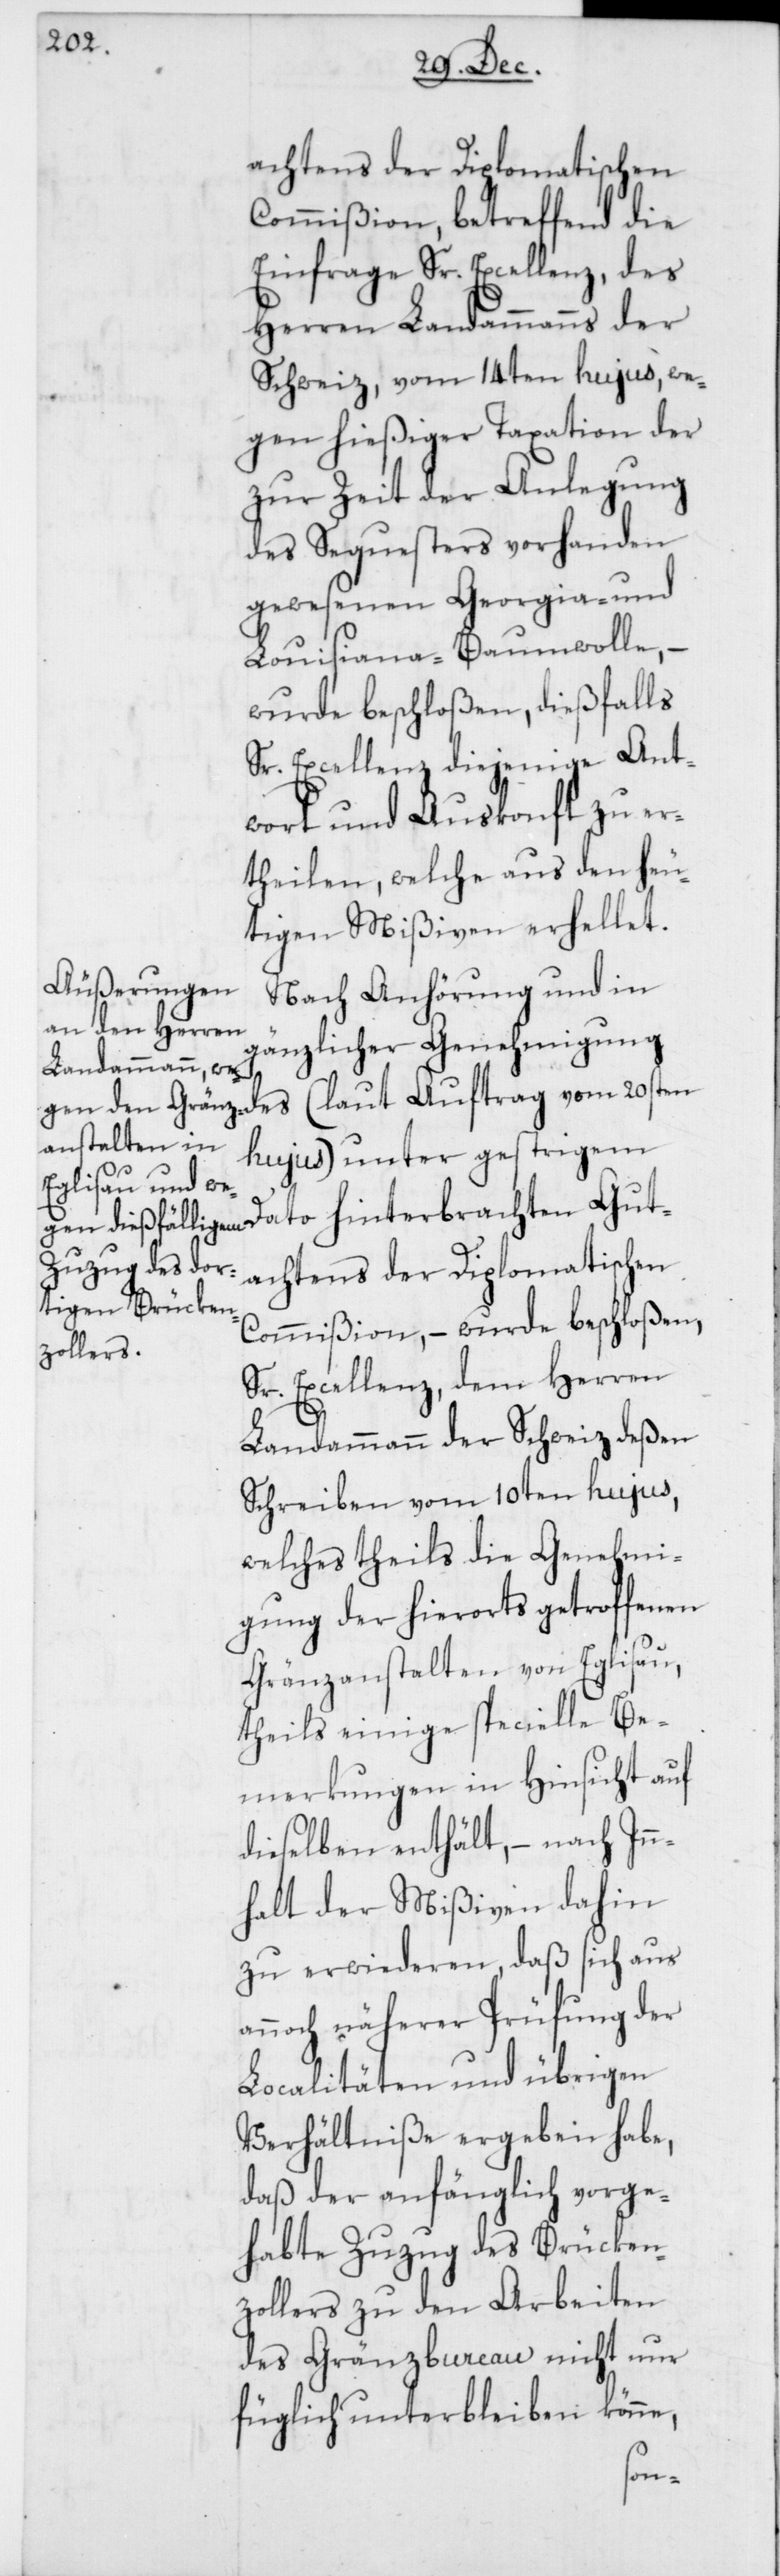
achtens der Diplomatischen
Commißion, betreffend die
Einfrage Sr. Excellenz, des
Herren Landammanns der
Schweiz, vom 14ten hujus, we¬
gen hießiger Taxation der
zur Zeit der Anlegung
des Sequesters vorhanden
gewesenen Georgia- und
Louisiana-Baumwolle, –
wurde beschloßen, diesfalls
Sr. Excellenz diejenige Ant¬
wort und Auskonft zu er¬
theilen, welche aus den heu¬
tigen Mißiven erhellet.
Nach Anhörung und in
gänzlicher Genehmigung
(laut Auftrag vom 20sten
Gut¬
hujus) unter gestrigem
achtens der Diplomatischen
Commißion, – wurde beschloßen,
Sr. Excellenz, dem Herren
Landammann der Schweiz deßen
Schreiben vom 10ten hujus,
welches theils die Genehmi¬
gung der hierorts getroffenen
Gränzanstalten von Eglisau,
theils einige specielle Be¬
merkungen in Hinsicht auf
dieselben enthält, – nach Inn¬
halt der Mißiven dahin
zu erwiederen, daß sich aus
annoch näherer Prüfung der
Localitäten und übrigen
Verhältniße ergeben habe,
daß der anfänglich vorge¬
habte Zuzug des Brücken¬
zollers zu den Arbeiten
des Gränzbureau nicht nur
füglich unterbleiben könne,